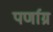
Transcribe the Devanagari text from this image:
पर्णाग्र